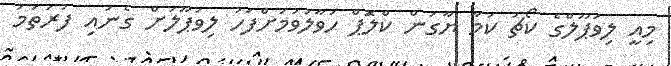
މިއީ ލިވަޕޫލްގެ ކޯޗު ކަމާ ޔާގަން ކްލަޮޕް ހަވާލުވުމަށްފަހު ލިވަޕޫލަށް ގެނައި ފުރަތަމަ